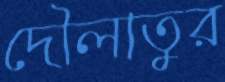
দৌলাতুর